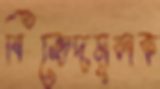
বিভেদমূলক